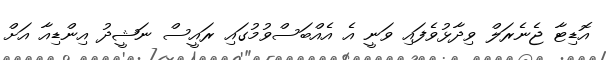
އޮޑިޓާ ޖެނެރަލް ވިދާޅުވެފައި ވަނީ އެ އެއްބަސްވުމުގައި ރައީސް ނަޝީދު އިންޑިއާ އަށް